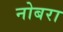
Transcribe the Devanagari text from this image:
नोबरा